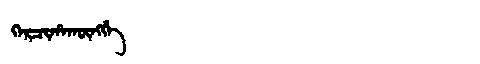
Manchu: ᡴᡝᡵᠴᡳᡥᠠᡴᡡᠩᡤᡝ
Romanization: KERCIHAKŪNGGE